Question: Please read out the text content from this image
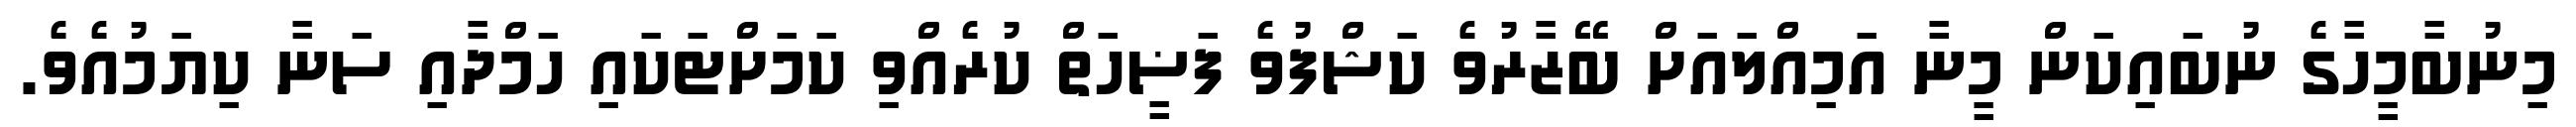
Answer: މިނުބާމީހާގެ ނުބައިކަން މީނާ އަމިއްލައަށް ބޭޒާރުވެ ކަޝްފުވެ ފަޟީހަތް ކުރެއްވި ކަމަށްޓަކައި ހަމްދާއި ސަނާ ކިޔަމުއެވެ.